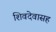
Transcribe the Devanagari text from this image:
शिवदेवासह